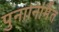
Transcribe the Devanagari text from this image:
पुनानिर्मित